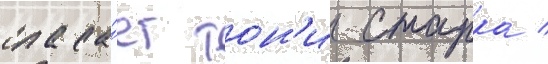
спаса́ет тон'и старка /